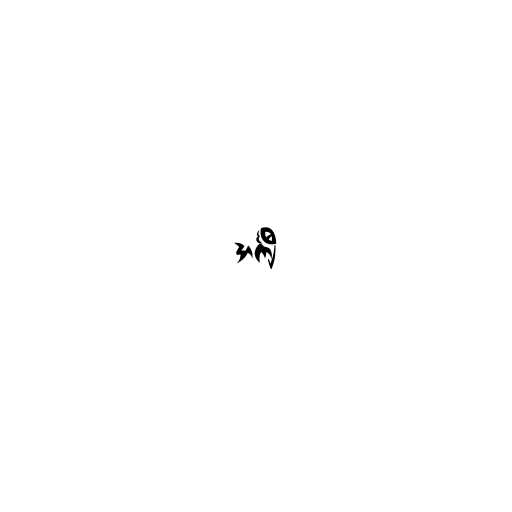
အင်္ကျီ